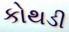
કોથડી